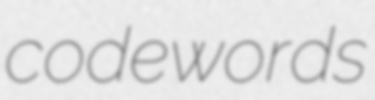
codewords